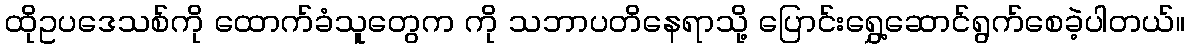
ထိုဥပဒေသစ်ကို ထောက်ခံသူတွေက ကို သဘာပတိနေရာသို့ ပြောင်းရွှေ့ဆောင်ရွက်စေခဲ့ပါတယ်။